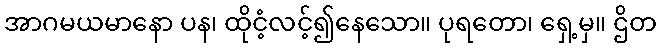
အာဂမယမာနော ပန၊ ထိုငံ့လင့်၍နေသော။ ပုရတော၊ ရှေ့မှ။ ဌိတ